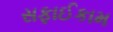
સફાઈકામ